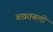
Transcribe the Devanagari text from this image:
बखतबली